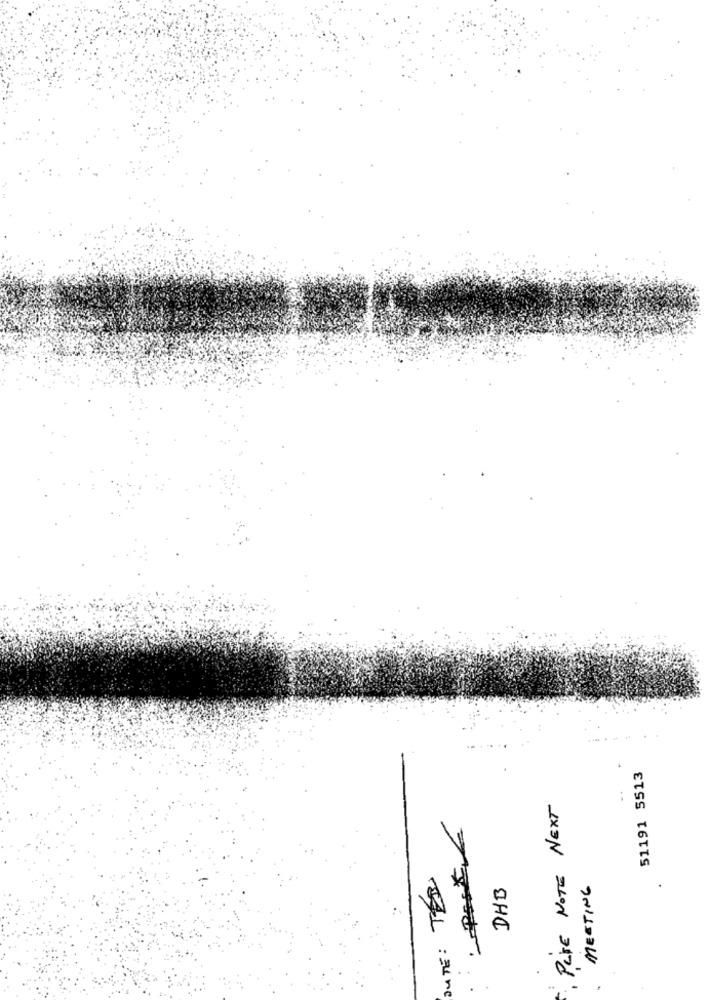
51191 5513
. PLYE NOTE NEXT
MEETING